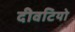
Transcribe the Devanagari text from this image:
दीवटियो